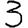
Digit: 3